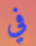
في